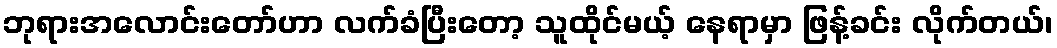
ဘုရားအလောင်းတော်ဟာ လက်ခံပြီးတော့ သူထိုင်မယ့် နေရာမှာ ဖြန့်ခင်း လိုက်တယ်၊